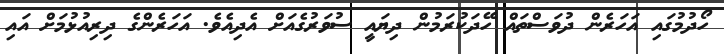
ހޯދުމުގައި އަހަރެން ދުވަސްތައް ހޭދަކުރަމުން ދިޔައީ ސުވަރުގެއަށް އެދިއެވެ. އަހަރެންގެ ދިރިއުޅުމަށް އައި